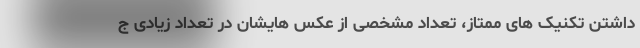
داشتن تکنیک های ممتاز، تعداد مشخصی از عکس هایشان در تعداد زیادی ج